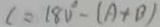
c = 1 8 0 ^ { \circ } - ( A + B )